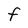
Character: F